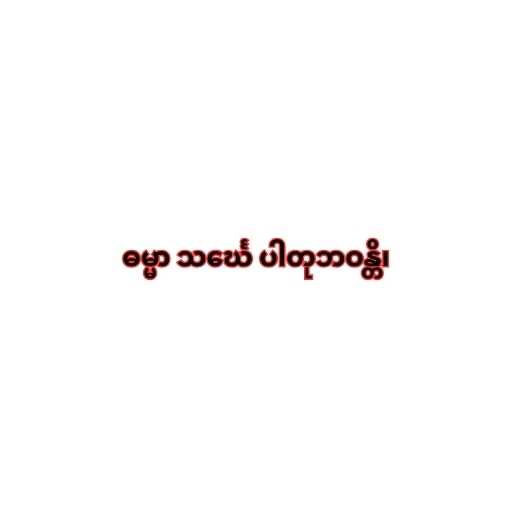
ဓမ္မာ သင်္ဃေ ပါတုဘဝန္တိ၊